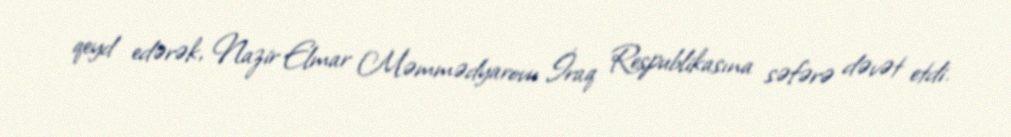
qeyd edərək, Nazir Elmar Məmmədyarovu İraq Respublikasına səfərə dəvət etdi.